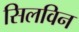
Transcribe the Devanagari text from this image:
सिलविन